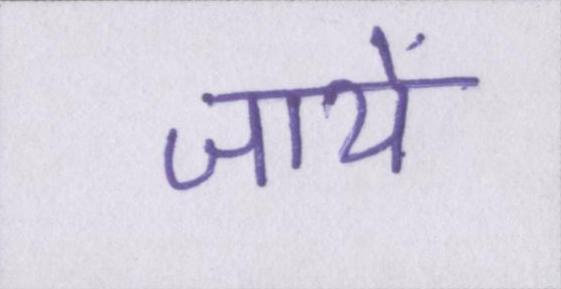
जायें